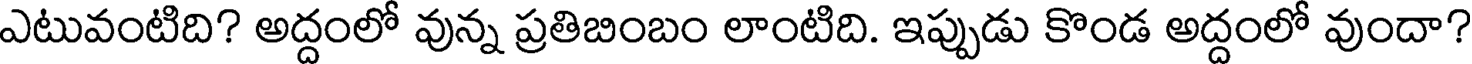
ఎటువంటిది? అద్దంలో వున్న ప్రతిబింబం లాంటిది. ఇప్పుడు కొండ అద్దంలో వుందా?